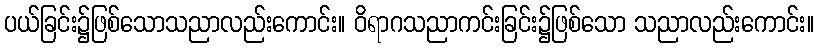
ပယ်ခြင်း၌ဖြစ်သောသညာလည်းကောင်း။ ဝိရာဂသညာကင်းခြင်း၌ဖြစ်သော သညာလည်းကောင်း။